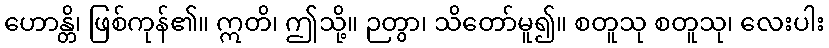
ဟောန္တိ၊ ဖြစ်ကုန်၏။ ဣတိ၊ ဤသို့။ ဉတွာ၊ သိတော်မူ၍။ စတူသု စတူသု၊ လေးပါး